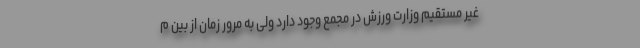
غیر مستقیم وزارت ورزش در مجمع وجود دارد ولی به مرور زمان از بین م